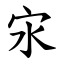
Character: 㲾